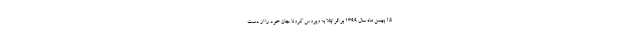
15 بهمن ماه سال 1399 بر اثر ابتلا به ویروس کرونا جان خود را از دست